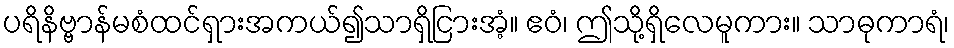
ပရိနိဗ္ဗာန်မစံထင်ရှားအကယ်၍သာရှိငြားအံ့။ ဧဝံ၊ ဤသို့ရှိလေမူကား။ သာဓုကာရံ၊